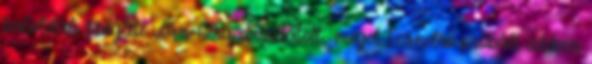
baloldali szöglete után Gera csúsztatott, majd Leandro próbált estében